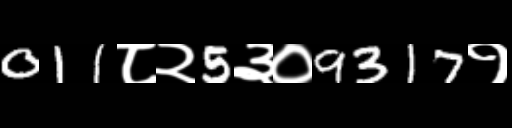
Text: 011८२5३०9317१